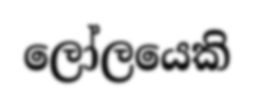
ලෝලයෙකි